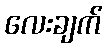
လေးချက်